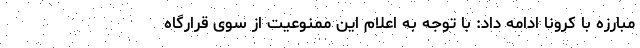
مبارزه با کرونا ادامه داد: با توجه به اعلام این ممنوعیت از سوی قرارگاه